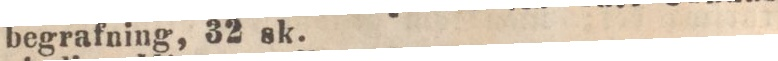
begrafning, 32 sk.